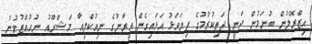
އިޒްރޭލުން ބުނަމުން ދަނީ ދަތިކުރުމުގެ ފިޔަވަޅު އަޅައިގެން އީރާނުގެ ނިއުކްލިއާ މަޝްރޫއު ނުހުއްޓުވުނު